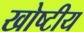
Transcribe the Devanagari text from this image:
खोष्टीय